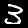
Digit: 3